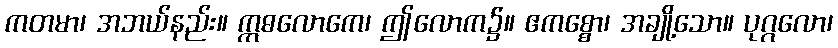
ကတမာ၊ အဘယ်နည်း။ ဣဓလောကေ၊ ဤလောက၌။ ဧကစ္စော၊ အချို့သော။ ပုဂ္ဂလော၊